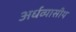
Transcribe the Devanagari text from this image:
अर्धव्यासीय